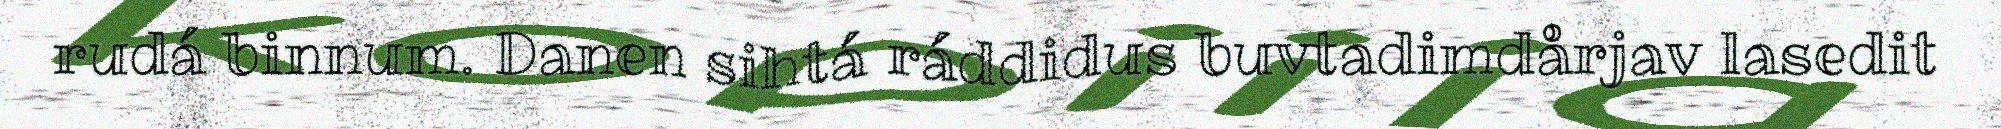
rudá binnum. Danen sihtá ráddidus buvtadimdårjav lasedit